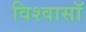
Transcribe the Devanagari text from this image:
विश्वासॉ